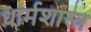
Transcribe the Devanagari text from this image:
धार्मशास्त्र